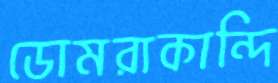
ডোমরাকান্দি